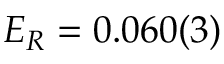
E _ { R } = 0 . 0 6 0 ( 3 )